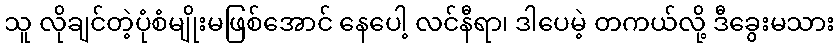
သူ လိုချင်တဲ့ပုံစံမျိုးမဖြစ်အောင် နေပေါ့ လင်နီရာ၊ ဒါပေမဲ့ တကယ်လို့ ဒီခွေးမသား